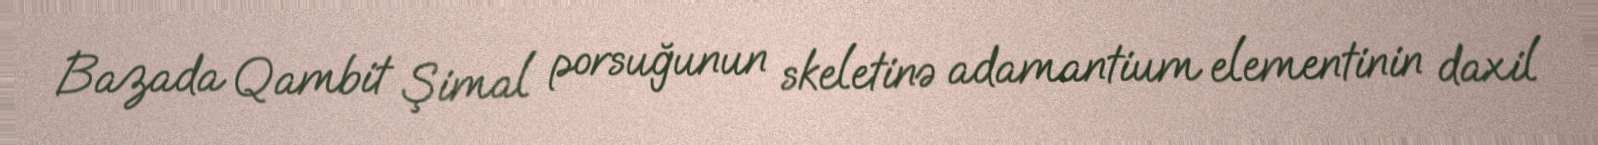
Bazada Qambit Şimal porsuğunun skeletinə adamantium elementinin daxil